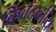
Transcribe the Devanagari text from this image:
किंवदन्तीय